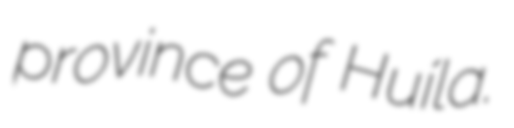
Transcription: province of Huíla.